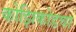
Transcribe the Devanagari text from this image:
कोझिकोडचा